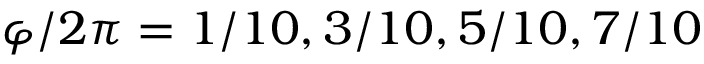
\varphi / 2 \pi = 1 / 1 0 , 3 / 1 0 , 5 / 1 0 , 7 / 1 0